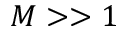
M > > 1